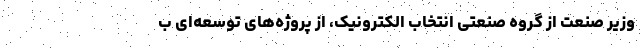
وزیر صنعت از گروه صنعتی انتخاب الکترونیک، از پروژه‌های توسعه‌ای ب